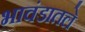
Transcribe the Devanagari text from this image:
भावंडातले